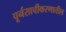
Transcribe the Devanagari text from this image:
पूर्नसाचीकरणातील